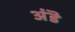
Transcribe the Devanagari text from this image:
अंडॆ